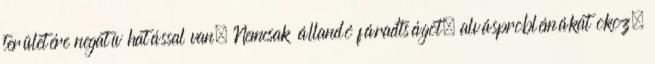
területére negatív hatással van. Nemcsak állandó fáradtságot, alvásproblémákat okoz,